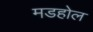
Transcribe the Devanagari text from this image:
मडहोल